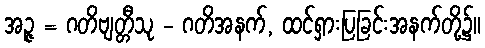
အဉ္ဇ = ဂတိဗျတ္တီသု - ဂတိအနက်, ထင်ရှားပြခြင်းအနက်တို့၌။